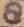
Text: 8